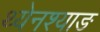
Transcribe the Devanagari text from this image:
थ्येनश्याङ